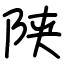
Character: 陕